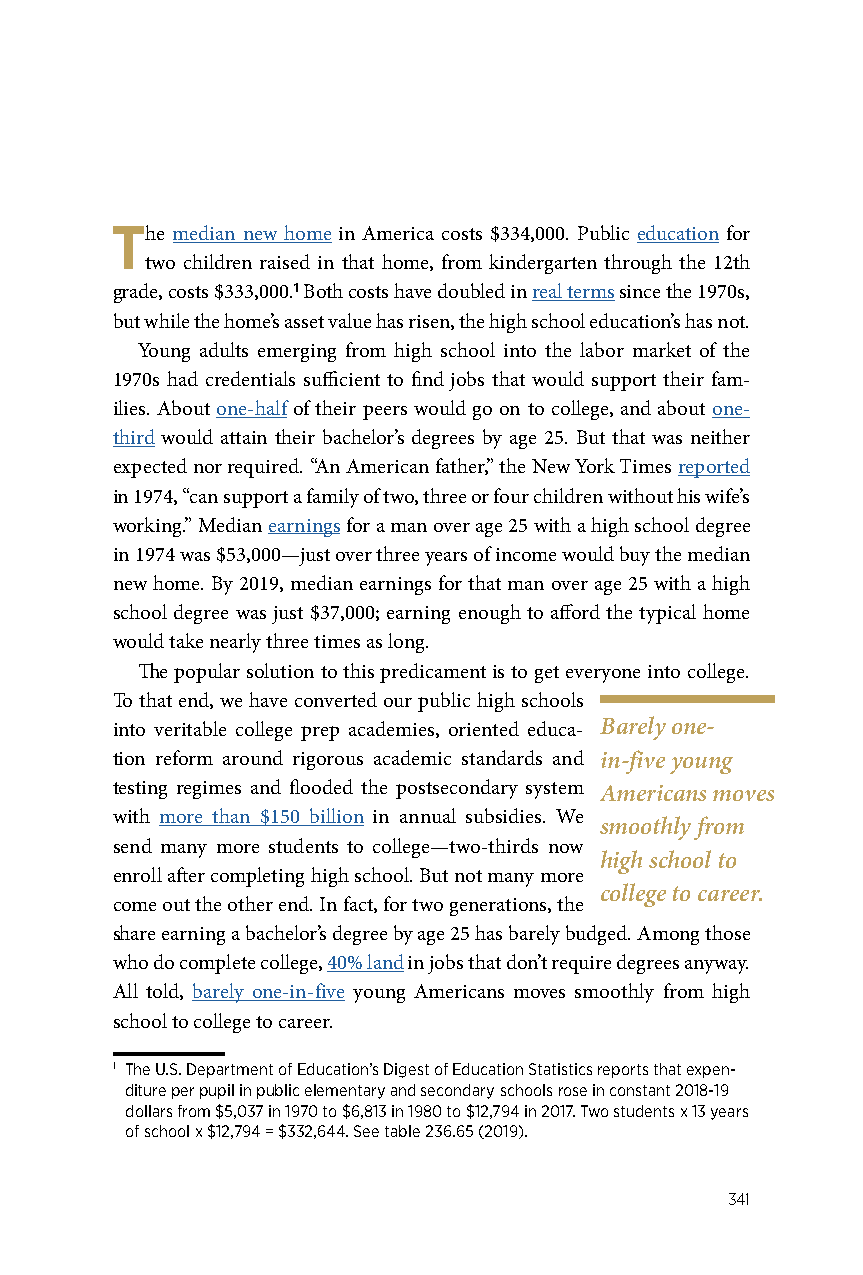
The median new home in America costs $334,000. Public education for
 two children raised in that home, from kindergarten through the 12th
 grade, costs $333,000.1 Both costs have doubled in real terms since the 1970s,
 but while the home’s asset value has risen, the high school education’s has not.
 Young adults emerging from high school into the labor market of the
 1970s had credentials sufficient to find jobs that would support their fam-
 ilies. About one-half of their peers would go on to college, and about one-
 third would attain their bachelor’s degrees by age 25. But that was neither
 expected nor required. “An American father,” the New York Times reported
 in 1974, “can support a family of two, three or four children without his wife’s
 working.” Median earnings for a man over age 25 with a high school degree
 in 1974 was $53,000—just over three years of income would buy the median
 new home. By 2019, median earnings for that man over age 25 with a high
 school degree was just $37,000; earning enough to afford the typical home
 would take nearly three times as long.
 The popular solution to this predicament is to get everyone into college.
 To that end, we have converted our public high schools
 into veritable college prep academies, oriented educa- Barely one-
 tion reform around rigorous academic standards and in-five young
 testing regimes and flooded the postsecondary system Americans moves
 with more than $150 billion in annual subsidies. We
 smoothly from
 send many more students to college—two-thirds now
 high school to
 enroll after completing high school. But not many more
 college to career.
 come out the other end. In fact, for two generations, the
 share earning a bachelor’s degree by age 25 has barely budged. Among those
 who do complete college, 40% land in jobs that don’t require degrees anyway.
 All told, barely one-in-five young Americans moves smoothly from high
 school to college to career.
 1 The U.S. Department of Education’s Digest of Education Statistics reports that expen-
 diture per pupil in public elementary and secondary schools rose in constant 2018-19
 dollars from $5,037 in 1970 to $6,813 in 1980 to $12,794 in 2017. Two students x 13 years
 of school x $12,794 = $332,644. See table 236.65 (2019).
 341